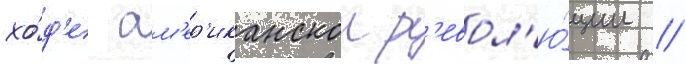
хо́д'е ам'ер'иканскои р'евол'ю́ции //